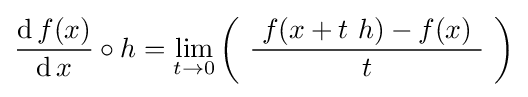
{\frac {\operatorname {d} f(x)}{\operatorname {d} x}}\circ h=\lim _{t\to 0}\left(\ {\frac {\ f(x+t\ h)-f(x)\ }{t}}\ \right)